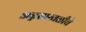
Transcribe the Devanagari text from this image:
अन्नसाखळीचे